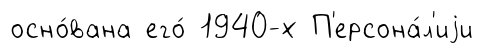
осно́вана его́ 1940-х П'ерсона́л'иjи